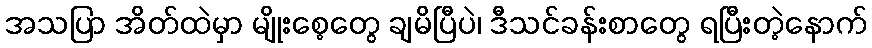
အသပြာ အိတ်ထဲမှာ မျိုးစေ့တွေ ချမိပြီပဲ၊ ဒီသင်ခန်းစာတွေ ရပြီးတဲ့နောက်